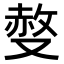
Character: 𠭷